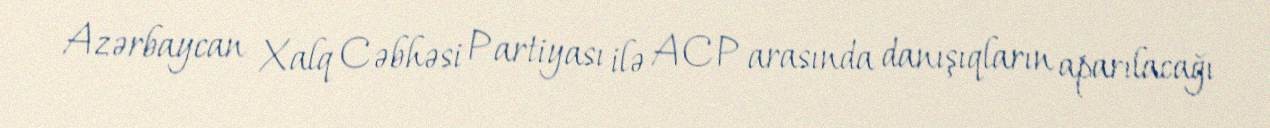
Azərbaycan Xalq Cəbhəsi Partiyası ilə ACP arasında danışıqların aparılacağı